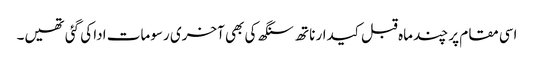
اسی مقام پر چند ماہ قبل کیدار ناتھ سنگھ کی بھی آخری رسومات ادا کی گئی تھیں۔